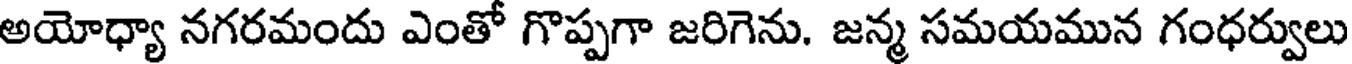
అయోధ్యా నగరమందు ఎంతో గొప్పగా జరిగెను. జన్మ సమయమున గంధర్వులు